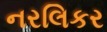
નરલિકર